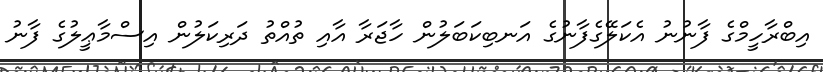
އިބްރާހީމްގެ ފާނުނު އެކަލޭގެފާނުގެ އަނބިކަބަލުން ހާޖަރާ އާއި ތުއްތު ދަރިކަލުން އިސްމާޢީލުގެ ފާނު